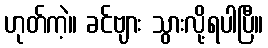
ဟုတ်ကဲ့။ ခင်ဗျား သွားလို့ရပါပြီ။